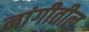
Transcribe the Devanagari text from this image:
नांगीतील